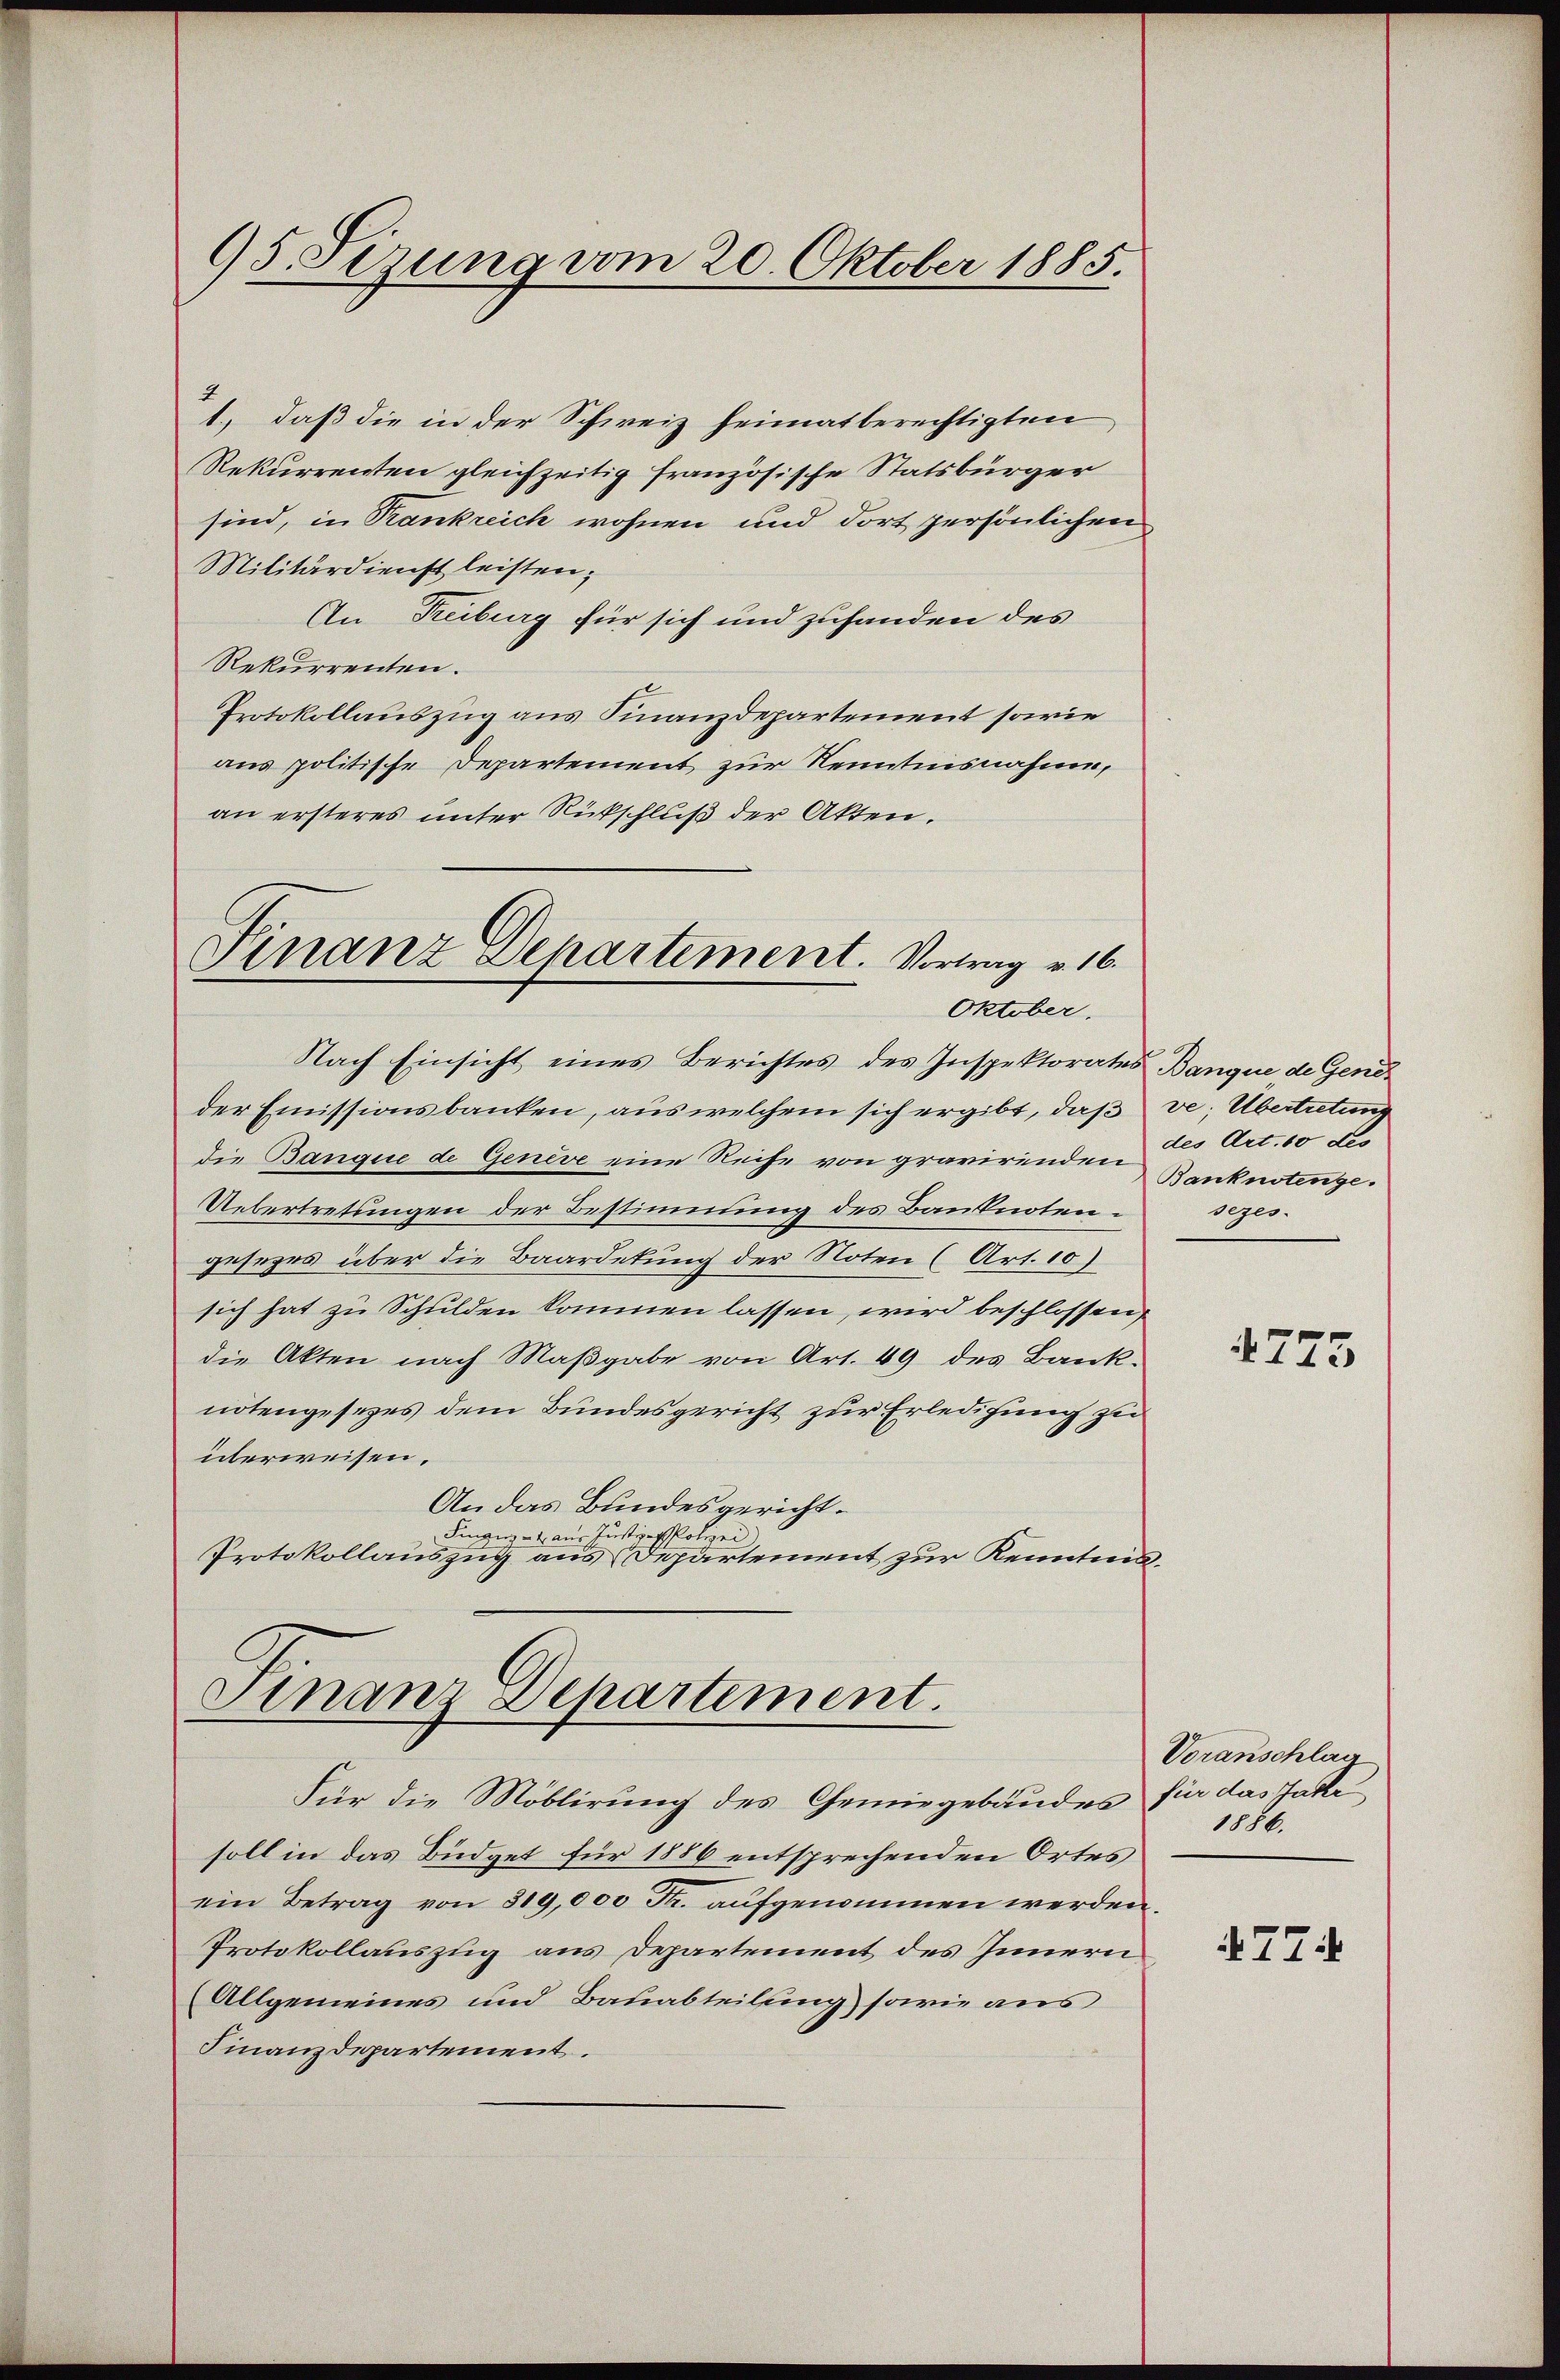
95 Sizung vom 20. Oktober 1885.

1., daß die in der Schweiz heimatberechtigten
Rekurrenten gleichzeitig französische Statsbürger
sind, in Krankreich wohnen und dort persönlichen
Militärdienst leisten;
An Reiburg für sich und zuhanden des
Rekurrenten.
Protokollauszug aus Finanzdepartement sowie
aus politische Departement zur Kenntnisnahme,
an ersteres unter Rückschluß der Akten.

Nach Einsicht eines Berichtes des Inspektorates Banque de Gene
der Emissionsbanken, aus welchem sich ergibt, daß ve; Übertretung
die Banque de Genève eine Reihe von gravirenden Banknotenge.
Uebertretungen der Bestimmung des Banknoten.
gesezes über die Baardetung der Noten (Art. 10)
sich hat zu Schulden kommen lassen, wird beschlossen,
die Akten nach Maβgabe von Art. 49 des Bank-
notengesezes dem Bundesgericht zur Erledigung zu
überweisen.
An das Bundesgericht.
Pingung - u. aus Justizathol
Protokollauszug aus Departement zur Kenntnis¬

Finanz Departement. Vortrag v. 16.
Oktober.

Finanz Departement.

Für die Möblirung des Gemiegebäudes für das Jahr
soll in das Büdget für 1886 entsprechenden Ortes
ein Betrag von 319,000 Fr. aufgenommen werden.
Protokollauszug aus Departement des Innern
Allgemeines und Bauabteilung sowie aus
Finanzdepartement.

des Art. 10 des
sezes-

1773

Voranschlag
1886.

477.